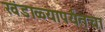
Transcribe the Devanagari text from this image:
खंडाळ्यापर्यंतचा